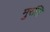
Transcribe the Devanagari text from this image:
मुरलि